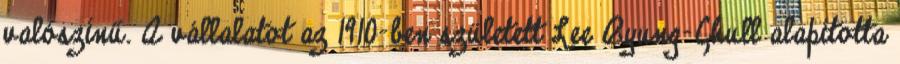
valószínű. A vállalatot az 1910-ben született Lee Byung-Chull alapította